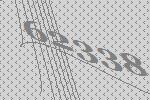
62338